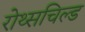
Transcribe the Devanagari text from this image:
रोथ्सचिल्ड